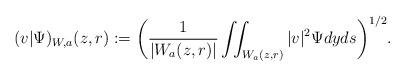
LaTeX: \begin{align*} (v|\Psi)_{W,a}(z,r):=\bigg (\frac{1}{|W_a(z,r)|}\iint_{W_a(z,r)}|v|^2\Psi dyds\bigg )^{1/2}.\end{align*}